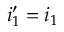
i _ { 1 } ^ { \prime } = i _ { 1 }